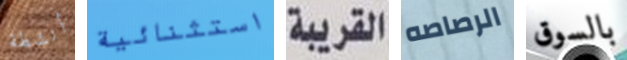
أنشطة استثنائية القريبة الرصاصه بالسوق